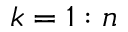
k = 1 : n